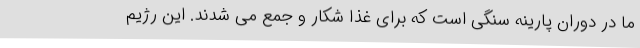
ما در دوران پارینه سنگی است که برای غذا شکار و جمع می شدند. این رژیم